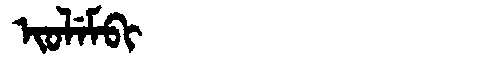
Manchu: ᡳᠣᠯᡝᠮᠪᡳ
Romanization: IOLEMBI